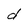
Character: d